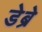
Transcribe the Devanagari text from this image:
डेब्रे